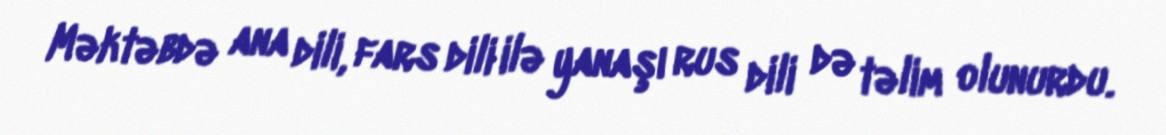
Məktəbdə ana dili, fars dili ilə yanaşı rus dili də təlim olunurdu.